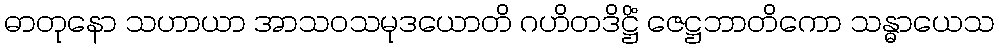
ဓာတုနော သဟာယာ အာသဝသမုဒယောတိ ဂဟိတဒိဋ္ဌိံ ဇေဋ္ဌဘာတိကော သန္ဓာယေသ